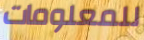
للمعلومات